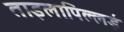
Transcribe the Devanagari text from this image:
ताइलापिल्लई